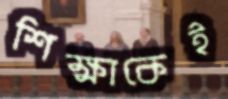
শিক্ষাকেই